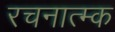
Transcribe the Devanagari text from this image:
रचनात्म्क